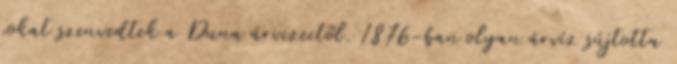
sokat szenvedtek a Duna árvizeitől. 1876-ban olyan árvíz sújtotta